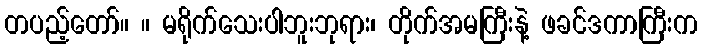
တပည့်တော်။ ။ မရိုက်သေးပါဘူးဘုရား၊ တိုက်အမကြီးနဲ့ ဖခင်ဒကာကြီးက